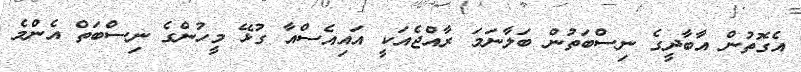
އެގޮތުން އާބާދީގެ ނިސްބަތުން ބަލާނަމަ ރާއްޖެއަކީ އައިއެސްއާ ގުޅޭ މީހުންގެ ނިސްބަތް އެންމެ